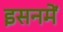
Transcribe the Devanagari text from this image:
इसनमें